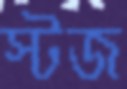
স্টজ